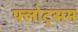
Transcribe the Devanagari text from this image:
फ्लोट्सम